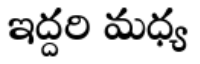
ఇద్దరి మధ్య